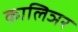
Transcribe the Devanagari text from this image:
कालिञर